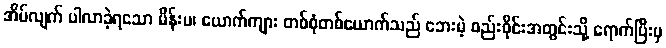
အိပ်လျက် ပါလာခဲ့ရသော မိန်းမ၊ ယောက်ကျား တစ်စုံတစ်ယောက်သည် ဘေးမဲ့ စည်းဝိုင်းအတွင်းသို့ ရောက်ပြီးမှ